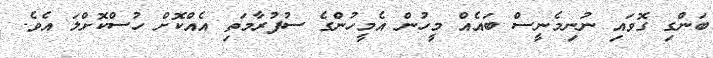
ބަންގި ގޮވައި ނުނިމެނީސް ބައެއް މީހުން އެމީހުންގެ ސުފުރާމަތި އެއްކޮށް ހުސްކޮށްލަ އެވެ.